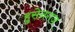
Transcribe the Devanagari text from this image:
हुसेनगंज